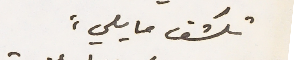
تكشف مايلي: